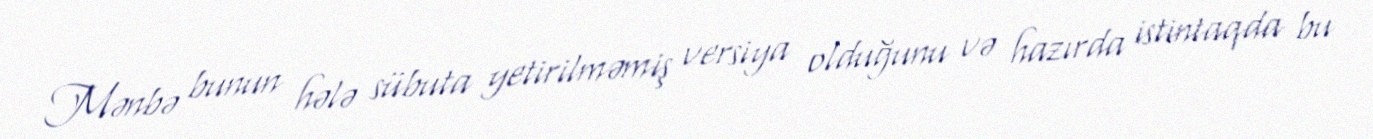
Mənbə bunun hələ sübuta yetirilməmiş versiya olduğunu və hazırda istintaqda bu